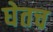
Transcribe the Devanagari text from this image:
घेतच